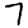
Digit: 7